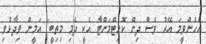
އެހެންވީމަ އޭރު ވެސް ދިން ކޮމިޓްމަންޓާ އެކީ ދެމި މިތިބީ" އަމީން ވިދާޅުވި